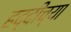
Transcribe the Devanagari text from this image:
हद्दीच्या